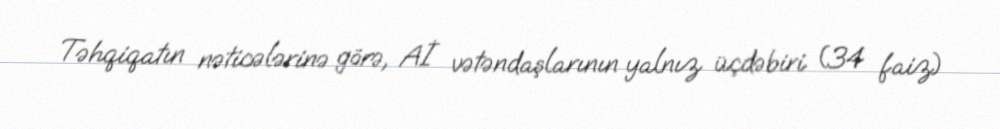
Təhqiqatın nəticələrinə görə, Aİ vətəndaşlarının yalnız üçdəbiri (34 faiz)